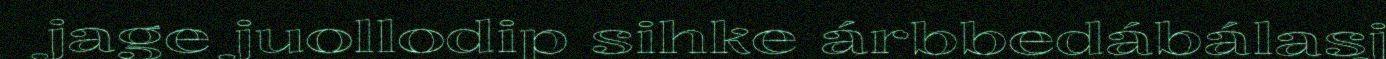
jage juollodip sihke árbbedábálasj